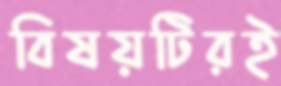
বিষয়টিরই